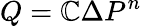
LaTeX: Q=\mathbb{C}{\Delta}P^{n}\,